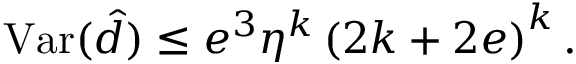
\mathrm { V a r } ( \hat { d } ) \leq e ^ { 3 } \eta ^ { k } \left( 2 k + 2 e \right) ^ { k } .